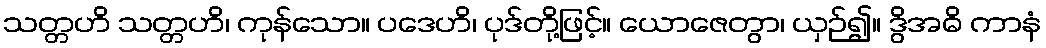
သတ္တဟိ သတ္တဟိ၊ ကုန်သော။ ပဒေဟိ၊ ပုဒ်တို့ဖြင့်။ ယောဇေတွာ၊ ယှဉ်၍။ ဒွိအဓိ ကာနံ